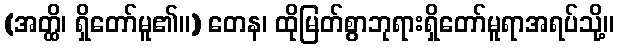
(အတ္ထိ၊ ရှိတော်မူ၏။) တေန၊ ထိုမြတ်စွာဘုရားရှိတော်မူရာအရပ်သို့။